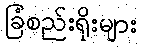
ခြံစည်းရိုးများ